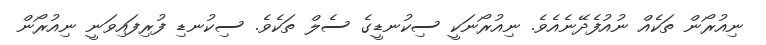
ނިއުރޯން ތަކެއް ނުއުފެދޭނެއެވެ. ނިއުރޯނަކީ ސިކުނޑީގެ ސެލް ތަކެވެ. ސިކުނޑި ފުރިފައިވަނީ ނިއުރޯން